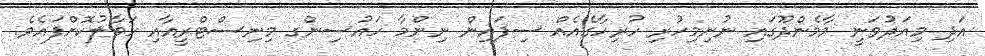
އަދި މިއަދުވަނީ މާމެންދޫގައި ނުނިމިހުރި ހުރިހާގެއެއް ސިފައިން ނިންމާ ހައުސިންގ މިނިސްޓްރީއާއި ހަވާލުކޮށްފައެވެ.